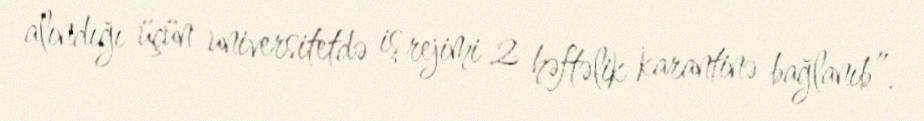
alındığı üçün universitetdə iş rejimi 2 həftəlik karantinə bağlanıb”.